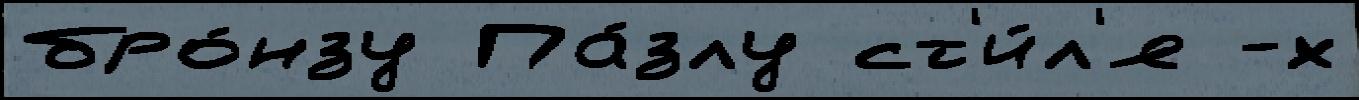
бро́нзу Па́злу ст'и́л'я -х